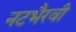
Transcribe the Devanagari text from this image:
नटभैरवी